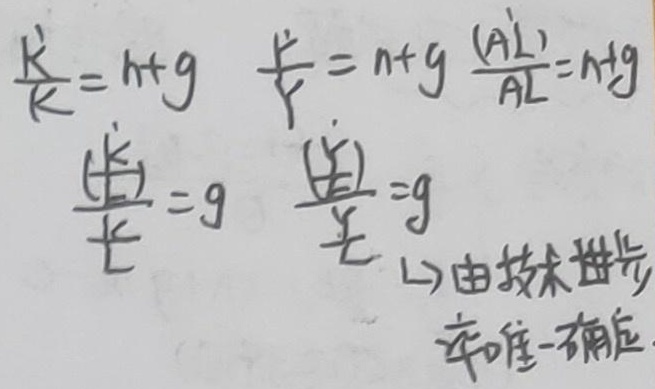
$\frac{\dot{K}}{K}=n + g \quad \frac{\dot{Y}}{Y}=n + g \quad \frac{(\dot{A}\dot{L})}{AL}=n + g$
$\frac{(\frac{\dot{K}}{K})}{L}=g \quad \frac{(\frac{\dot{Y}}{Y})}{L}=g$
由技术进步
率唯一确定